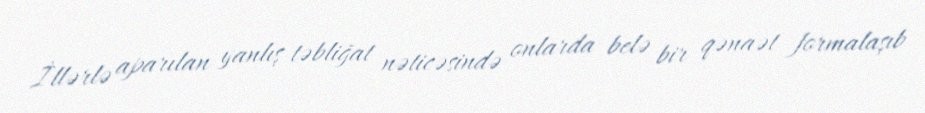
İllərlə aparılan yanlış təbliğat nəticəsində onlarda belə bir qənaət formalaşıb